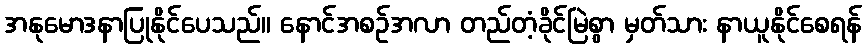
အနုမောဒနာပြုနိုင်ပေသည်။ နောင်အစဉ်အလာ တည်တံ့ခိုင်မြဲစွာ မှတ်သား နာယူနိုင်စေရန်